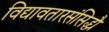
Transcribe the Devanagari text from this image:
विद्यावतारसंसिद्ध्यै